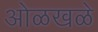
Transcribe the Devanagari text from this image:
ओळखळे